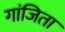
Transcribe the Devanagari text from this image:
गांजिता